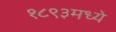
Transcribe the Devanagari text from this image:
१८९३मध्ये